Eesti_Rahvusfond, lk 118
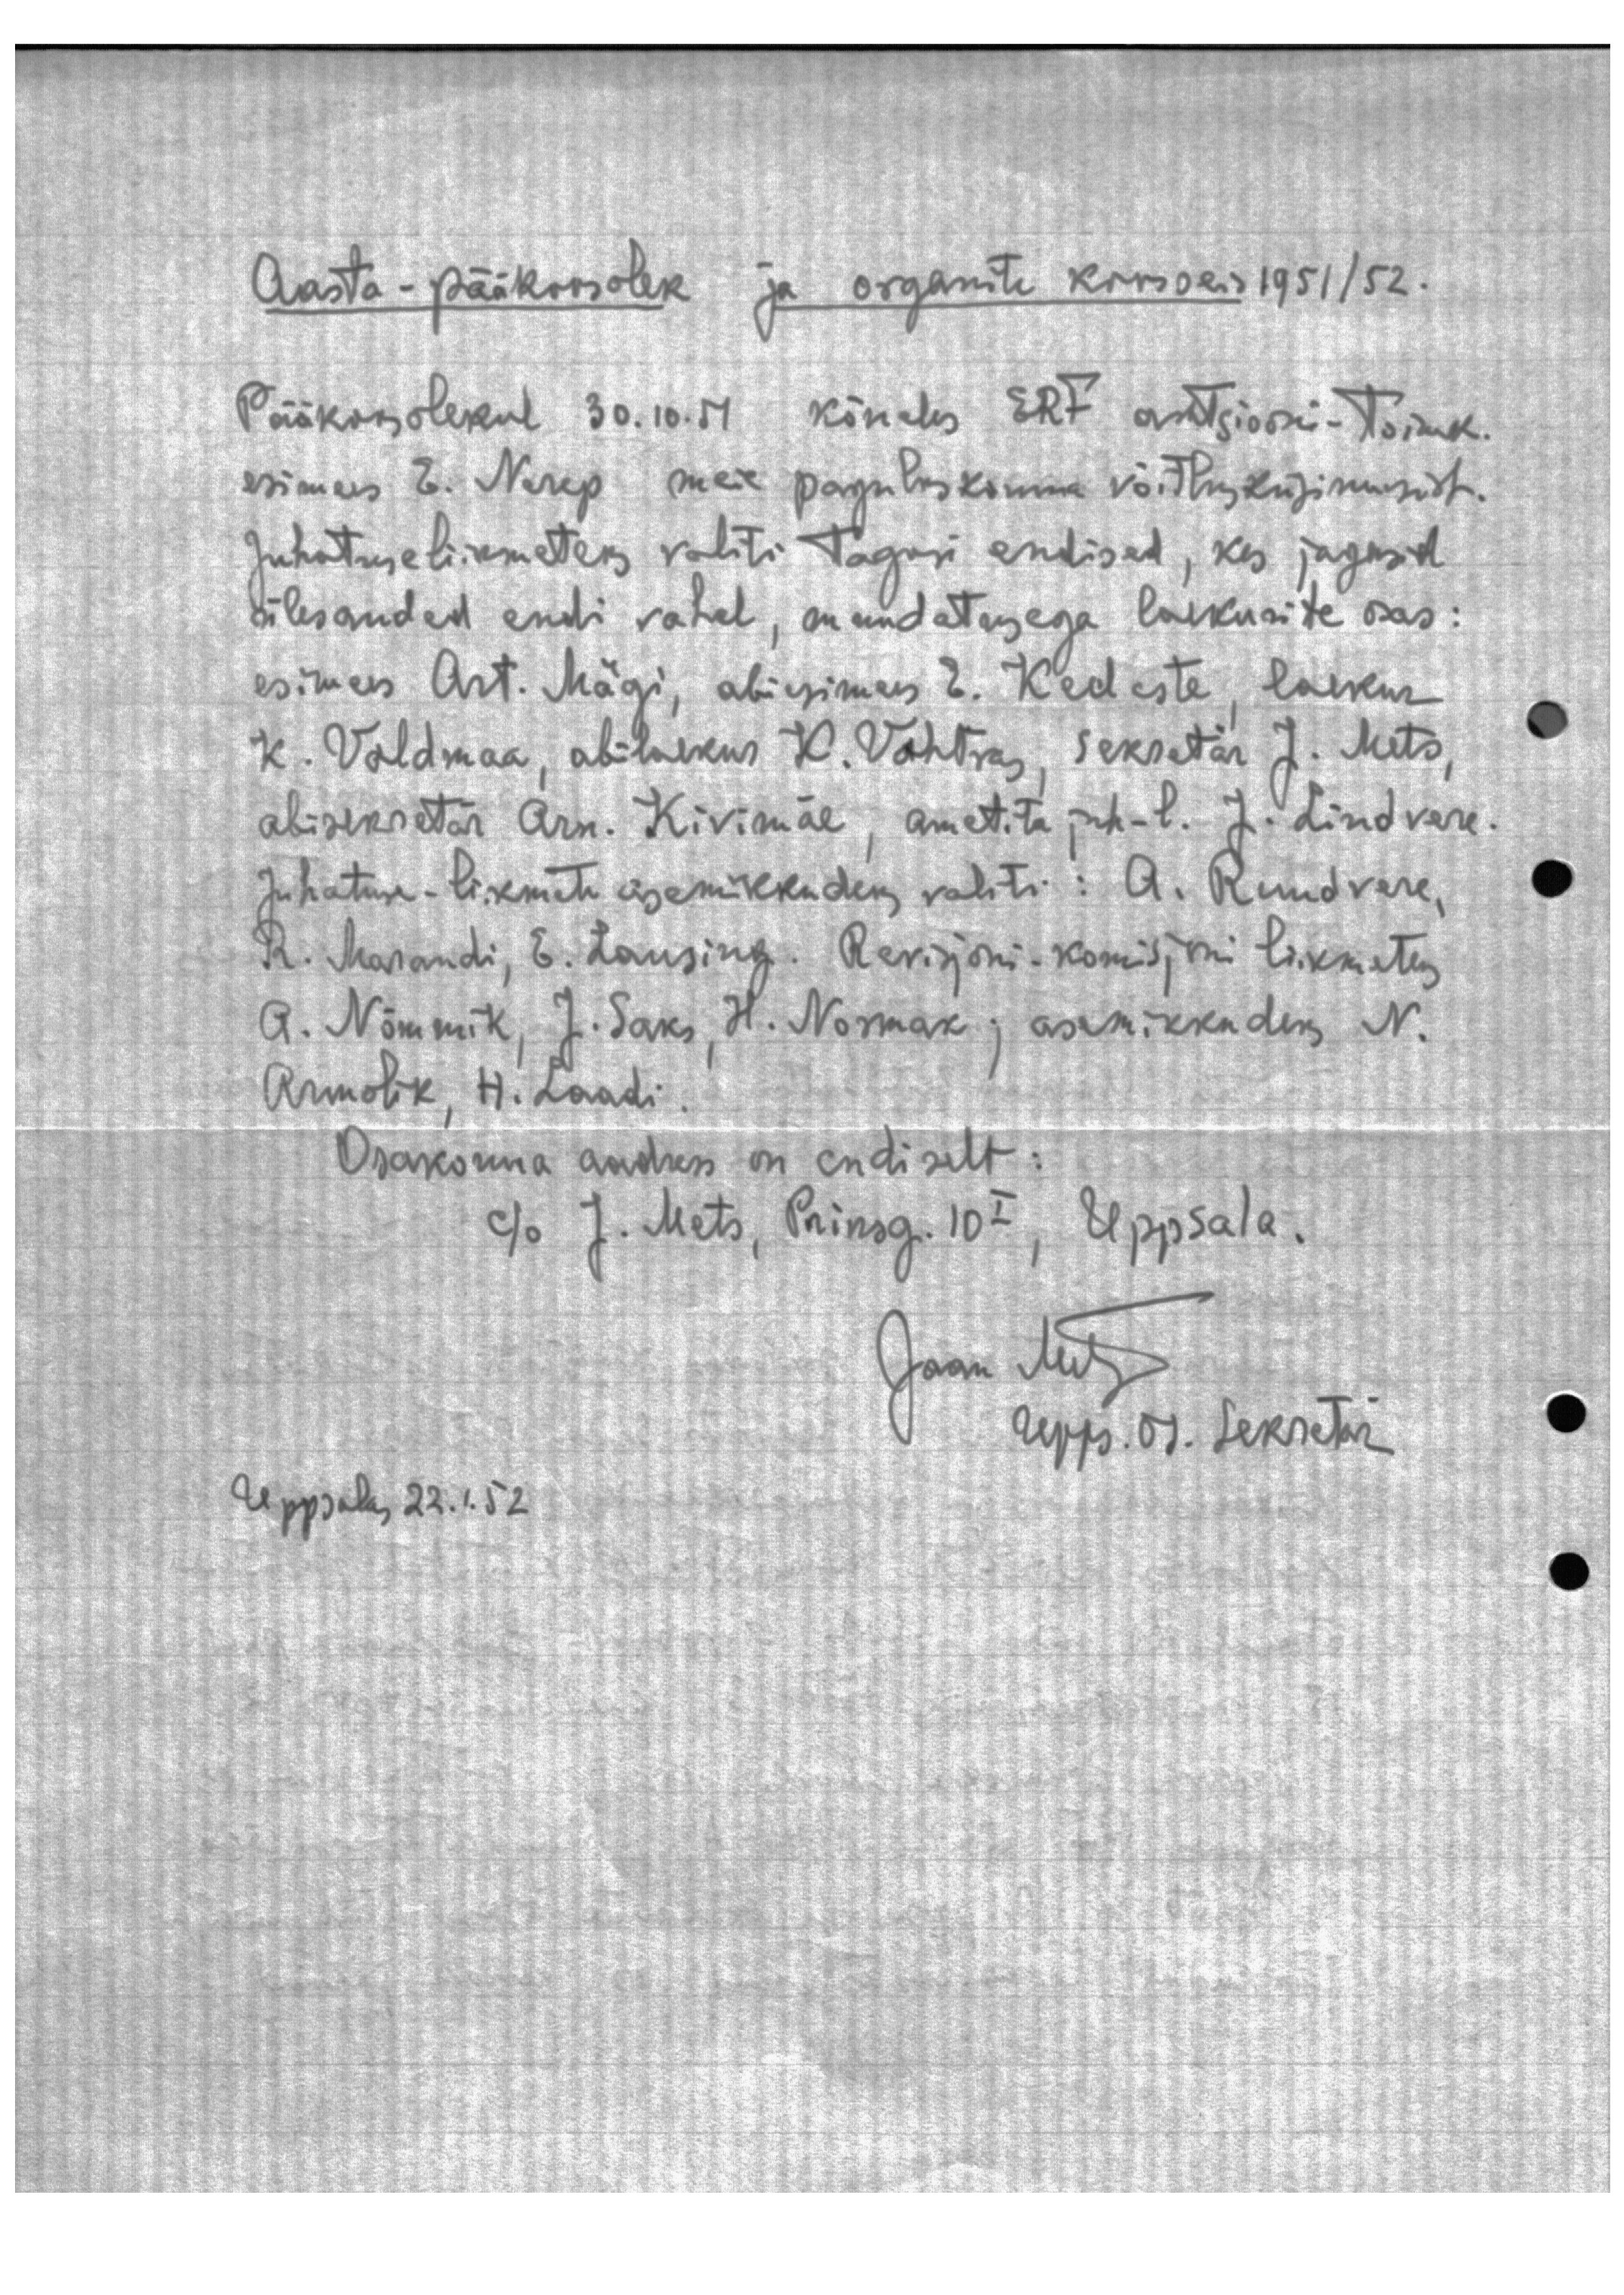
Aasta-pääkoosolek ja organite koosolek 1951/52.
Pääkoosolekul 30.10.51 kõneks ERF aktsiooni-toimk.
esimees E. Nerep meie pagulaskonna võitlusküsimusest.
Juhatuseliikmeteks valiti tagasi endised, kes jagasid
ülesanded endi vahel, muudatusega laekurite osas:
esimees Art. Mägi, abiesimees E. Keeleste, laekur
K. Valdmaa, abilaekur K. Vahtras, sekretär J. Mets,
abisekretär Arn. Kivimäe, ametita juh-l. J. Lindvere.
Juhatuse-liikmete asemikkudeks, valiti: A. Rundvere,
R. Marandi, E. Lausing. Revisjoni-komisjoni likmeteks
A. Nõmmik, J. Saks, H. Normak; asemikkudeks N.
Armolik, H. Laadi
Osakonna aadress on endiselt
c/o J. Mets, Prinsg. 10 I, Uppsala.
Jaan Mets
Upps. os. Sekretär

Uppsala, 22.1.52